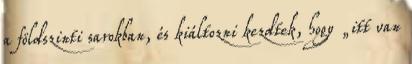
a földszinti sarokban, és kiáltozni kezdtek, hogy „itt van